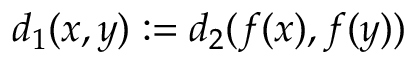
d _ { 1 } ( x , y ) : = d _ { 2 } ( f ( x ) , f ( y ) )